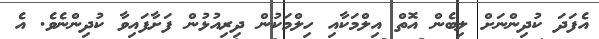
އެފަދަ ކުދިންނަށް ލިބެން އޮތް އިލްމަކާއި ހިލްމަކުން ދިރިއުޅުން ފަށާފައިވާ ކުދިންނެވެ. އެ